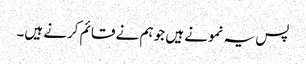
پس یہ نمونے ہیں جو ہم نے قائم کرنے ہیں۔